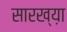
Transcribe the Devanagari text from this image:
सारख्य़ा